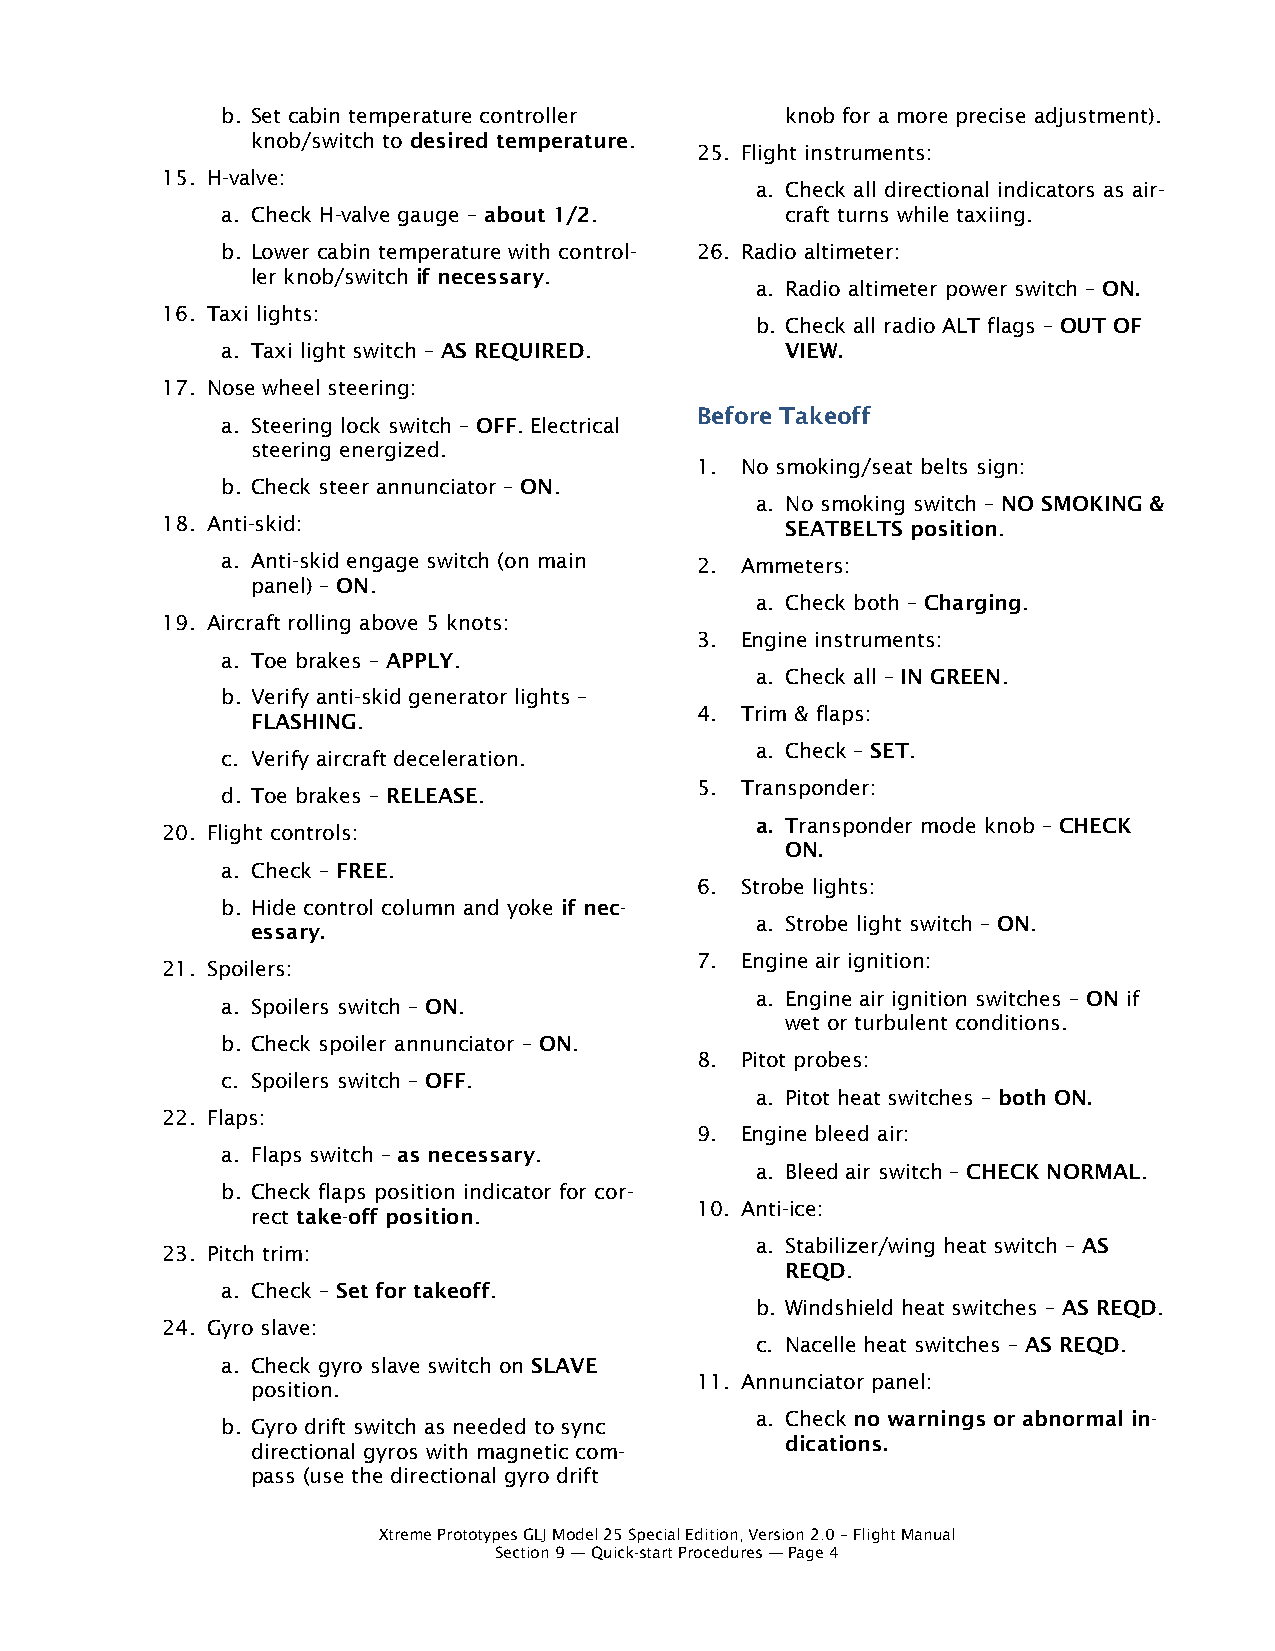
b. Set cabin temperature controller  knob for a more precise adjustment).
 knob/switch to desired temperature.
 25. Flight instruments:
 15. H-valve:
 a. Check all directional indicators as air-
 a. Check H-valve gauge – about 1/2.  craft turns while taxiing.
 b. Lower cabin temperature with control- 26. Radio altimeter:
 ler knob/switch if necessary.
 a. Radio altimeter power switch – ON.
 16. Taxi lights:
 b. Check all radio ALT flags – OUT OF
 a. Taxi light switch – AS REQUIRED.  VIEW.
 17. Nose wheel steering:
 Before Takeoff
 a. Steering lock switch – OFF. Electrical
 steering energized.
 1. No smoking/seat belts sign:
 b. Check steer annunciator – ON.
 a. No smoking switch – NO SMOKING &
 18. Anti-skid:                           SEATBELTS position.
 a. Anti-skid engage switch (on main 2. Ammeters:
 panel) – ON.
 a. Check both – Charging.
 19. Aircraft rolling above 5 knots:
 3. Engine instruments:
 a. Toe brakes – APPLY.
 a. Check all – IN GREEN.
 b. Verify anti-skid generator lights –
 4. Trim & flaps:
 FLASHING.
 a. Check – SET.
 c. Verify aircraft deceleration.
 5. Transponder:
 d. Toe brakes – RELEASE.
 a. Transponder mode knob – CHECK
 20. Flight controls:
 ON.
 a. Check – FREE.
 6. Strobe lights:
 b. Hide control column and yoke if nec-
 a. Strobe light switch – ON.
 essary.
 7. Engine air ignition:
 21. Spoilers:
 a. Engine air ignition switches – ON if
 a. Spoilers switch – ON.
 wet or turbulent conditions.
 b. Check spoiler annunciator – ON.
 8. Pitot probes:
 c. Spoilers switch – OFF.
 a. Pitot heat switches – both ON.
 22. Flaps:
 9. Engine bleed air:
 a. Flaps switch – as necessary.
 a. Bleed air switch – CHECK NORMAL.
 b. Check flaps position indicator for cor-
 10. Anti-ice:
 rect take-off position.
 a. Stabilizer/wing heat switch – AS
 23. Pitch trim:
 REQD.
 a. Check – Set for takeoff.
 b. Windshield heat switches – AS REQD.
 24. Gyro slave:
 c. Nacelle heat switches – AS REQD.
 a. Check gyro slave switch on SLAVE
 11. Annunciator panel:
 position.
 a. Check no warnings or abnormal in-
 b. Gyro drift switch as needed to sync
 dications.
 directional gyros with magnetic com-
 pass (use the directional gyro drift
 Xtreme Prototypes GLJ Model 25 Special Edition, Version 2.0 – Flight Manual
 Section 9 — Quick-start Procedures — Page 4